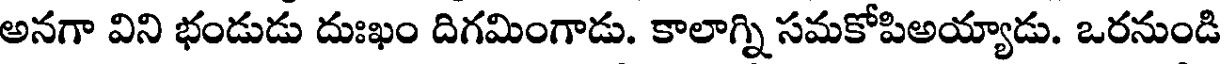
అనగా విని భండుడు దుఃఖం దిగమింగాడు. కాలాగ్ని సమకోపిఅయ్యాడు. ఒరనుండి